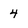
Character: 4